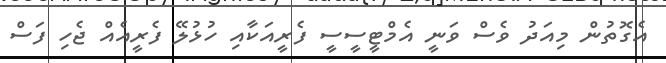
އެގޮތުން މިއަދު ވެސް ވަނީ އެމްޓީސީސީ ފެރީއަކާއި ހުޅުލޭ ފެރީއެއް ޖެހި ފަސް